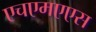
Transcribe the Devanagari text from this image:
एचएमएएस